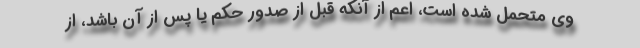
وی متحمل شده است، اعم از آنکه قبل از صدور حکم یا پس از آن باشد، از